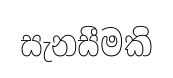
සැනසීමකි